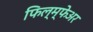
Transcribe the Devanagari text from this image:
फिल्म्फेअर